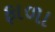
ફાળા